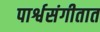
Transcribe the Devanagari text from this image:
पार्श्वसंगीतात